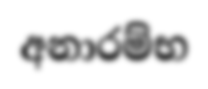
අනාරම්භ